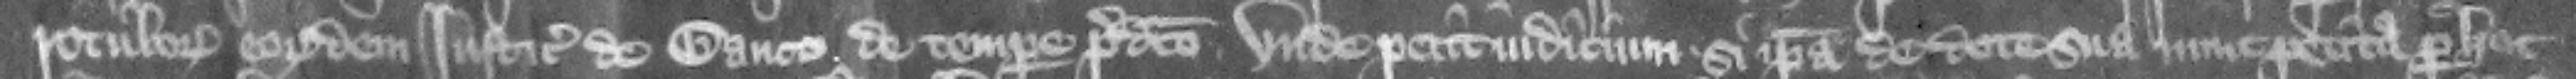
rotulorum eorundem iusticiariorum de Banco de tempore predicto. nde petit iudicium si ipsa de dote sua nunc petita per hoc